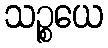
သဉ္စယေ